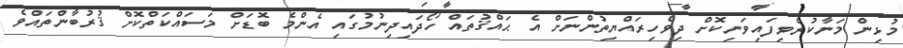
މުޅިން މަނާކުރެވިފައިވަނިކޮށް ދިވެހިރައްޔިތުންނަށް އެ ޙައްޤުތައް ހޯދައިދިނުމުގައި އެންމެ ބޮޑަށް މަސައްކަތްކޮށް ޤުރުބާންތައްވެ